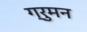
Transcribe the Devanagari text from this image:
ग्रुमन